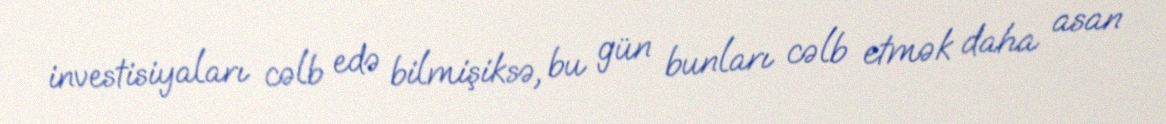
investisiyaları cəlb edə bilmişiksə, bu gün bunları cəlb etmək daha asan